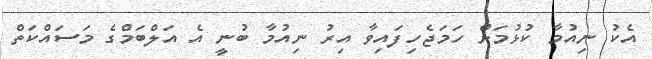
އެކު ނިއުމާ ކުޅުމަށް ހަމަޖެހިފައިވާ އިރު ނިއުމާ ބުނީ އެ އަލްބަމްގެ މަސައްކަތް